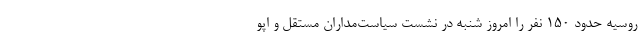
روسیه حدود ۱۵۰ نفر را امروز شنبه در نشست سیاست‌مداران مستقل و اپو